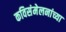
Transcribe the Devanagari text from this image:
कविसंमेलनांच्या